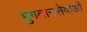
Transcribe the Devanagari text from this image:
भुगतानसेवाओं